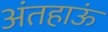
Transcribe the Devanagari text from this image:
अंतहाऊं